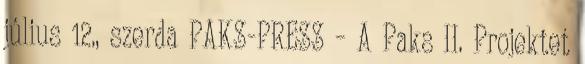
július 12., szerda PAKS-PRESS – A Paks II. Projektet